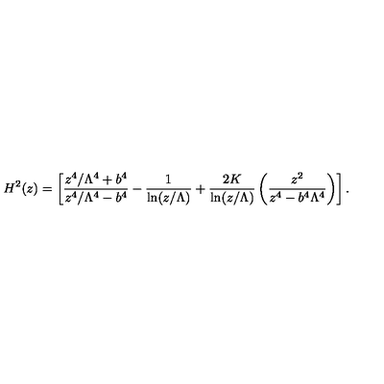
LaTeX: H ^ { 2 } ( z ) = \left[ \frac { z ^ { 4 } / \Lambda ^ { 4 } + b ^ { 4 } } { z ^ { 4 } / \Lambda ^ { 4 } - b ^ { 4 } } - { \frac { 1 } { \ln ( z / \Lambda ) } } + { \frac { 2 K } { \ln ( z / \Lambda ) } } \left( \frac { z ^ { 2 } } { z ^ { 4 } - b ^ { 4 } \Lambda ^ { 4 } } \right) \right] .